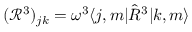
( { \mathcal R } ^ { 3 } ) _ { j k } = \omega ^ { 3 } { \langle j , m | } { \hat { R } } ^ { 3 } { | k , m \rangle }